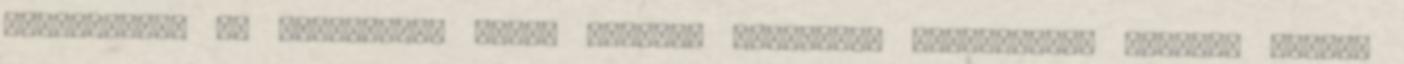
használtam. Az ostyaburok pedig mindkét bonbonnál tökéletesen ropogós maradt